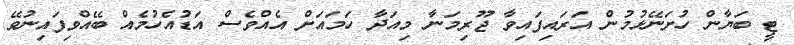
ޓީ ބަޔާން ހުށަނޭޅުމުން އަރައިފައިވާ ޖޫރިމަނާ މިއަދާ ހަމައަށް އެއްވެސް އަޑުއެހުމެއް ބޭއްވިފައިނުވޭ